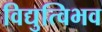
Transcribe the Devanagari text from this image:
विद्युत्विभव